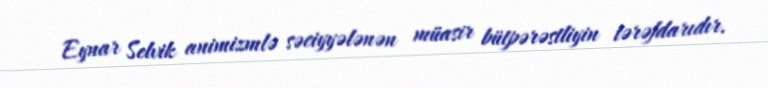
Eynar Selvik animizmlə səciyyələnən müasir bütpərəstliyin tərəfdarıdır.